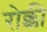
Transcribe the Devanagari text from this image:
रोक्की